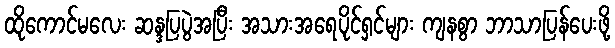
ထိုကောင်မလေး ဆန္ဒပြပွဲအပြီး အသားအရေပိုင်ရှင်များ ကျနစွာ ဘာသာပြန်ပေးဖို့